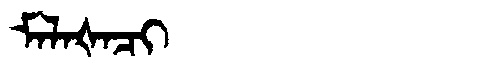
Manchu: ᠮᠠᠯᠠᡧᠠᠴᡳ
Romanization: MALAŠACI